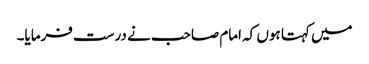
میں کہتا ہوں کہ امام صاحب نے درست فرمایا۔